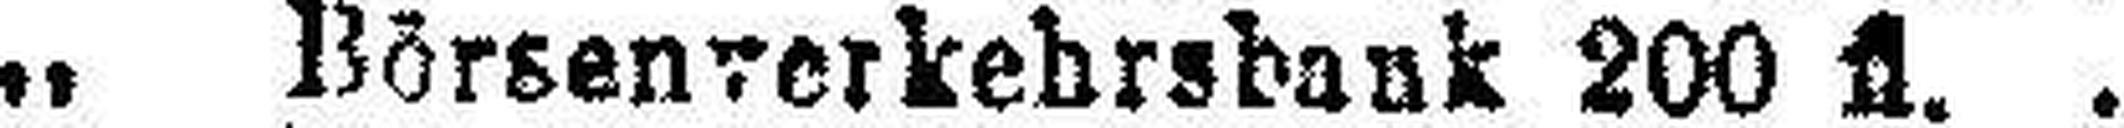
„ Börsenverkehrsbank 200 fl.